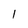
Character: 1